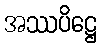
အဿပိဋ္ဌေ